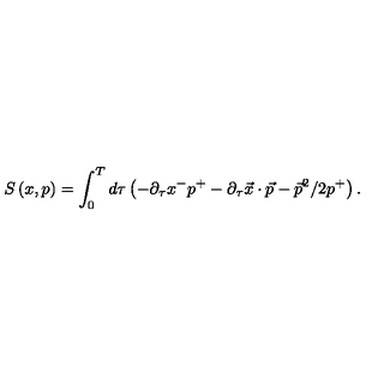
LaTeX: S \left( x , p \right) = \int _ { 0 } ^ { T } d \tau \left( - \partial _ { \tau } x ^ { - } p ^ { + } - \partial _ { \tau } \vec { x } \cdot \vec { p } - \vec { p } ^ { 2 } / 2 p ^ { + } \right) .